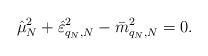
LaTeX: \begin{align*} \hat\mu_N^2+ \hat\varepsilon_{q_N,N}^2- \bar m_{q_N,N}^2=0.\end{align*}